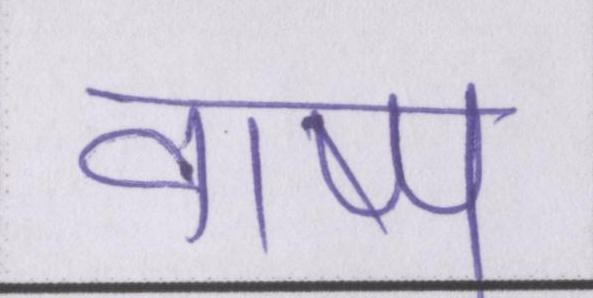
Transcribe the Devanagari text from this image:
वाष्प